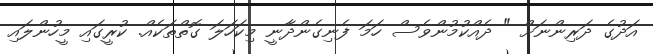
އަދުގެ ދަރިންނަށް " ދެއްކުމުންވެސް ހަމަ ފެނިގެންދާނީ މިކަހަލަ ގޮތްތަކެއް. ކުރީގައި މީހުންލައި